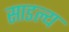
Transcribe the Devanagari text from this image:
साडल्य